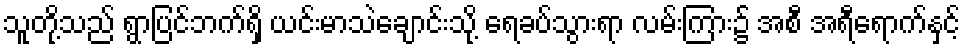
သူတို့သည် ရွာပြင်ဘက်ရှိ ယင်းမာသဲချောင်းသို့ ရေခပ်သွားရာ လမ်းကြား၌ အစီ အရီရောက်နှင့်